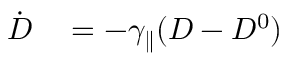
\begin{array} { r l } { \dot { D } } & { { } = - \gamma _ { \parallel } ( D - D ^ { 0 } ) } \end{array}